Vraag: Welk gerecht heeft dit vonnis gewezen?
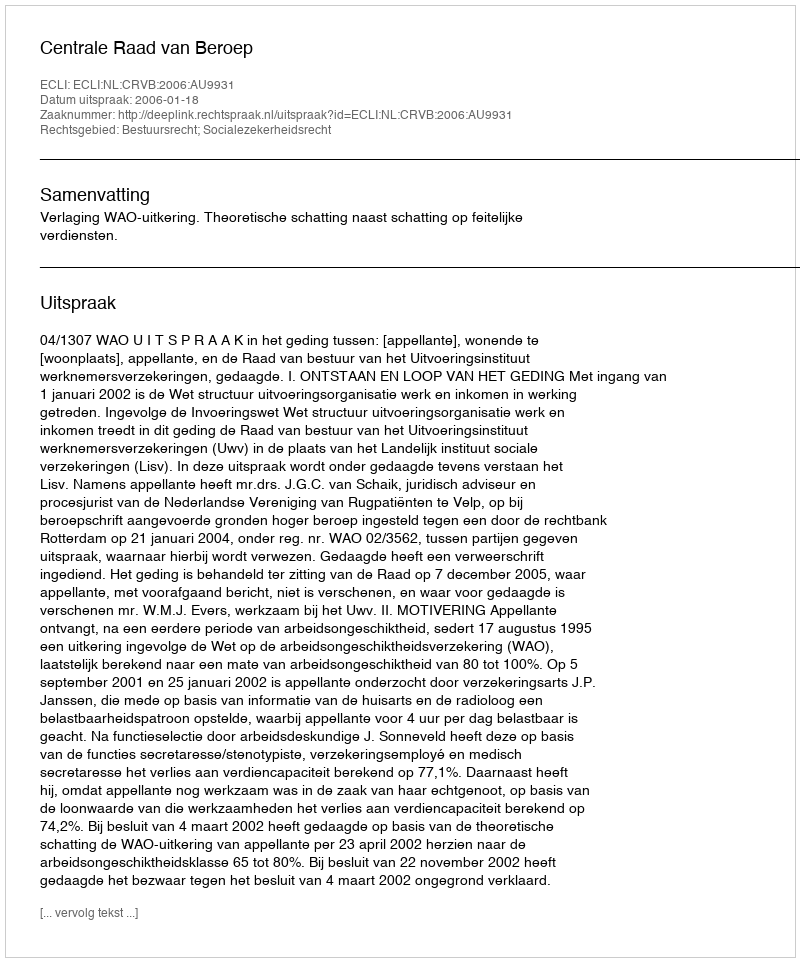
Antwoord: Centrale Raad van Beroep